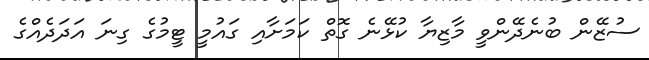
ސުޒޭން ބުނެދޭންވީ މާޒިޔާ ކުޅޭނެ ގޮތް ކަމަށާއި ގައުމީ ޓީމުގެ ގިނަ އަދަދެއްގެ